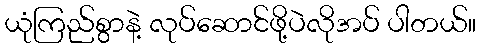
ယုံကြည်စွာနဲ့ လုပ်ဆောင်ဖို့ပဲလိုအပ် ပါတယ်။